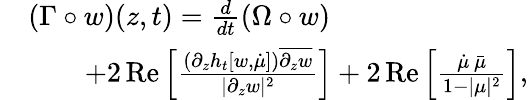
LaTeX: \begin{array}{rl}&{(\Gamma\circ w)(z,t)=\frac{d}{dt}(\Omega\circ w)}\\ &{\qquad+2\, \mathrm{Re}\left[\frac{(\partial_{z}h_{t}[w,\dot{\mu}])\overline{{\partial_{z}w}}}{|\partial_{z}w|^{2}}\right]+2\, \mathrm{Re}\left[\frac{\dot{\mu}\, \bar{\mu}}{1-|\mu|^{2}}\right],}\end{array}